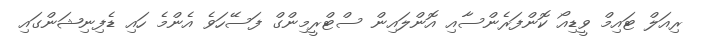
ރިއަލް ޓައިމް ވީޑިއޯ ކޮންފަރެންސާއި އޮންލައިން ސްޓްރީމިންގް ފަސޭހަވެ އެންމެ ހައި ޑެފިނިޝަންގައި